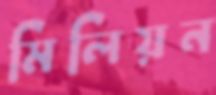
মিলিয়ন